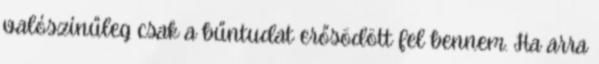
valószínűleg csak a bűntudat erősödött fel bennem. Ha arra